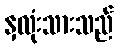
နှလုံးသားသည်